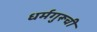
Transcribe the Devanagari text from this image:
धर्मगुरूची